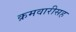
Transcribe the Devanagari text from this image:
क्रमवारीसह